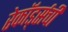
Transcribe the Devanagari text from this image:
रेकॉर्ड्सची